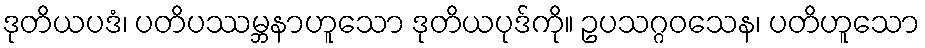
ဒုတိယပဒံ၊ ပတိပဿမ္ဘနာဟူသော ဒုတိယပုဒ်ကို။ ဥပသဂ္ဂဝသေန၊ ပတိဟူသော